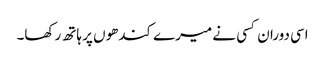
اسی دوران کسی نے میرے کندھوں پر ہاتھ رکھا۔